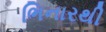
ભિનારથી